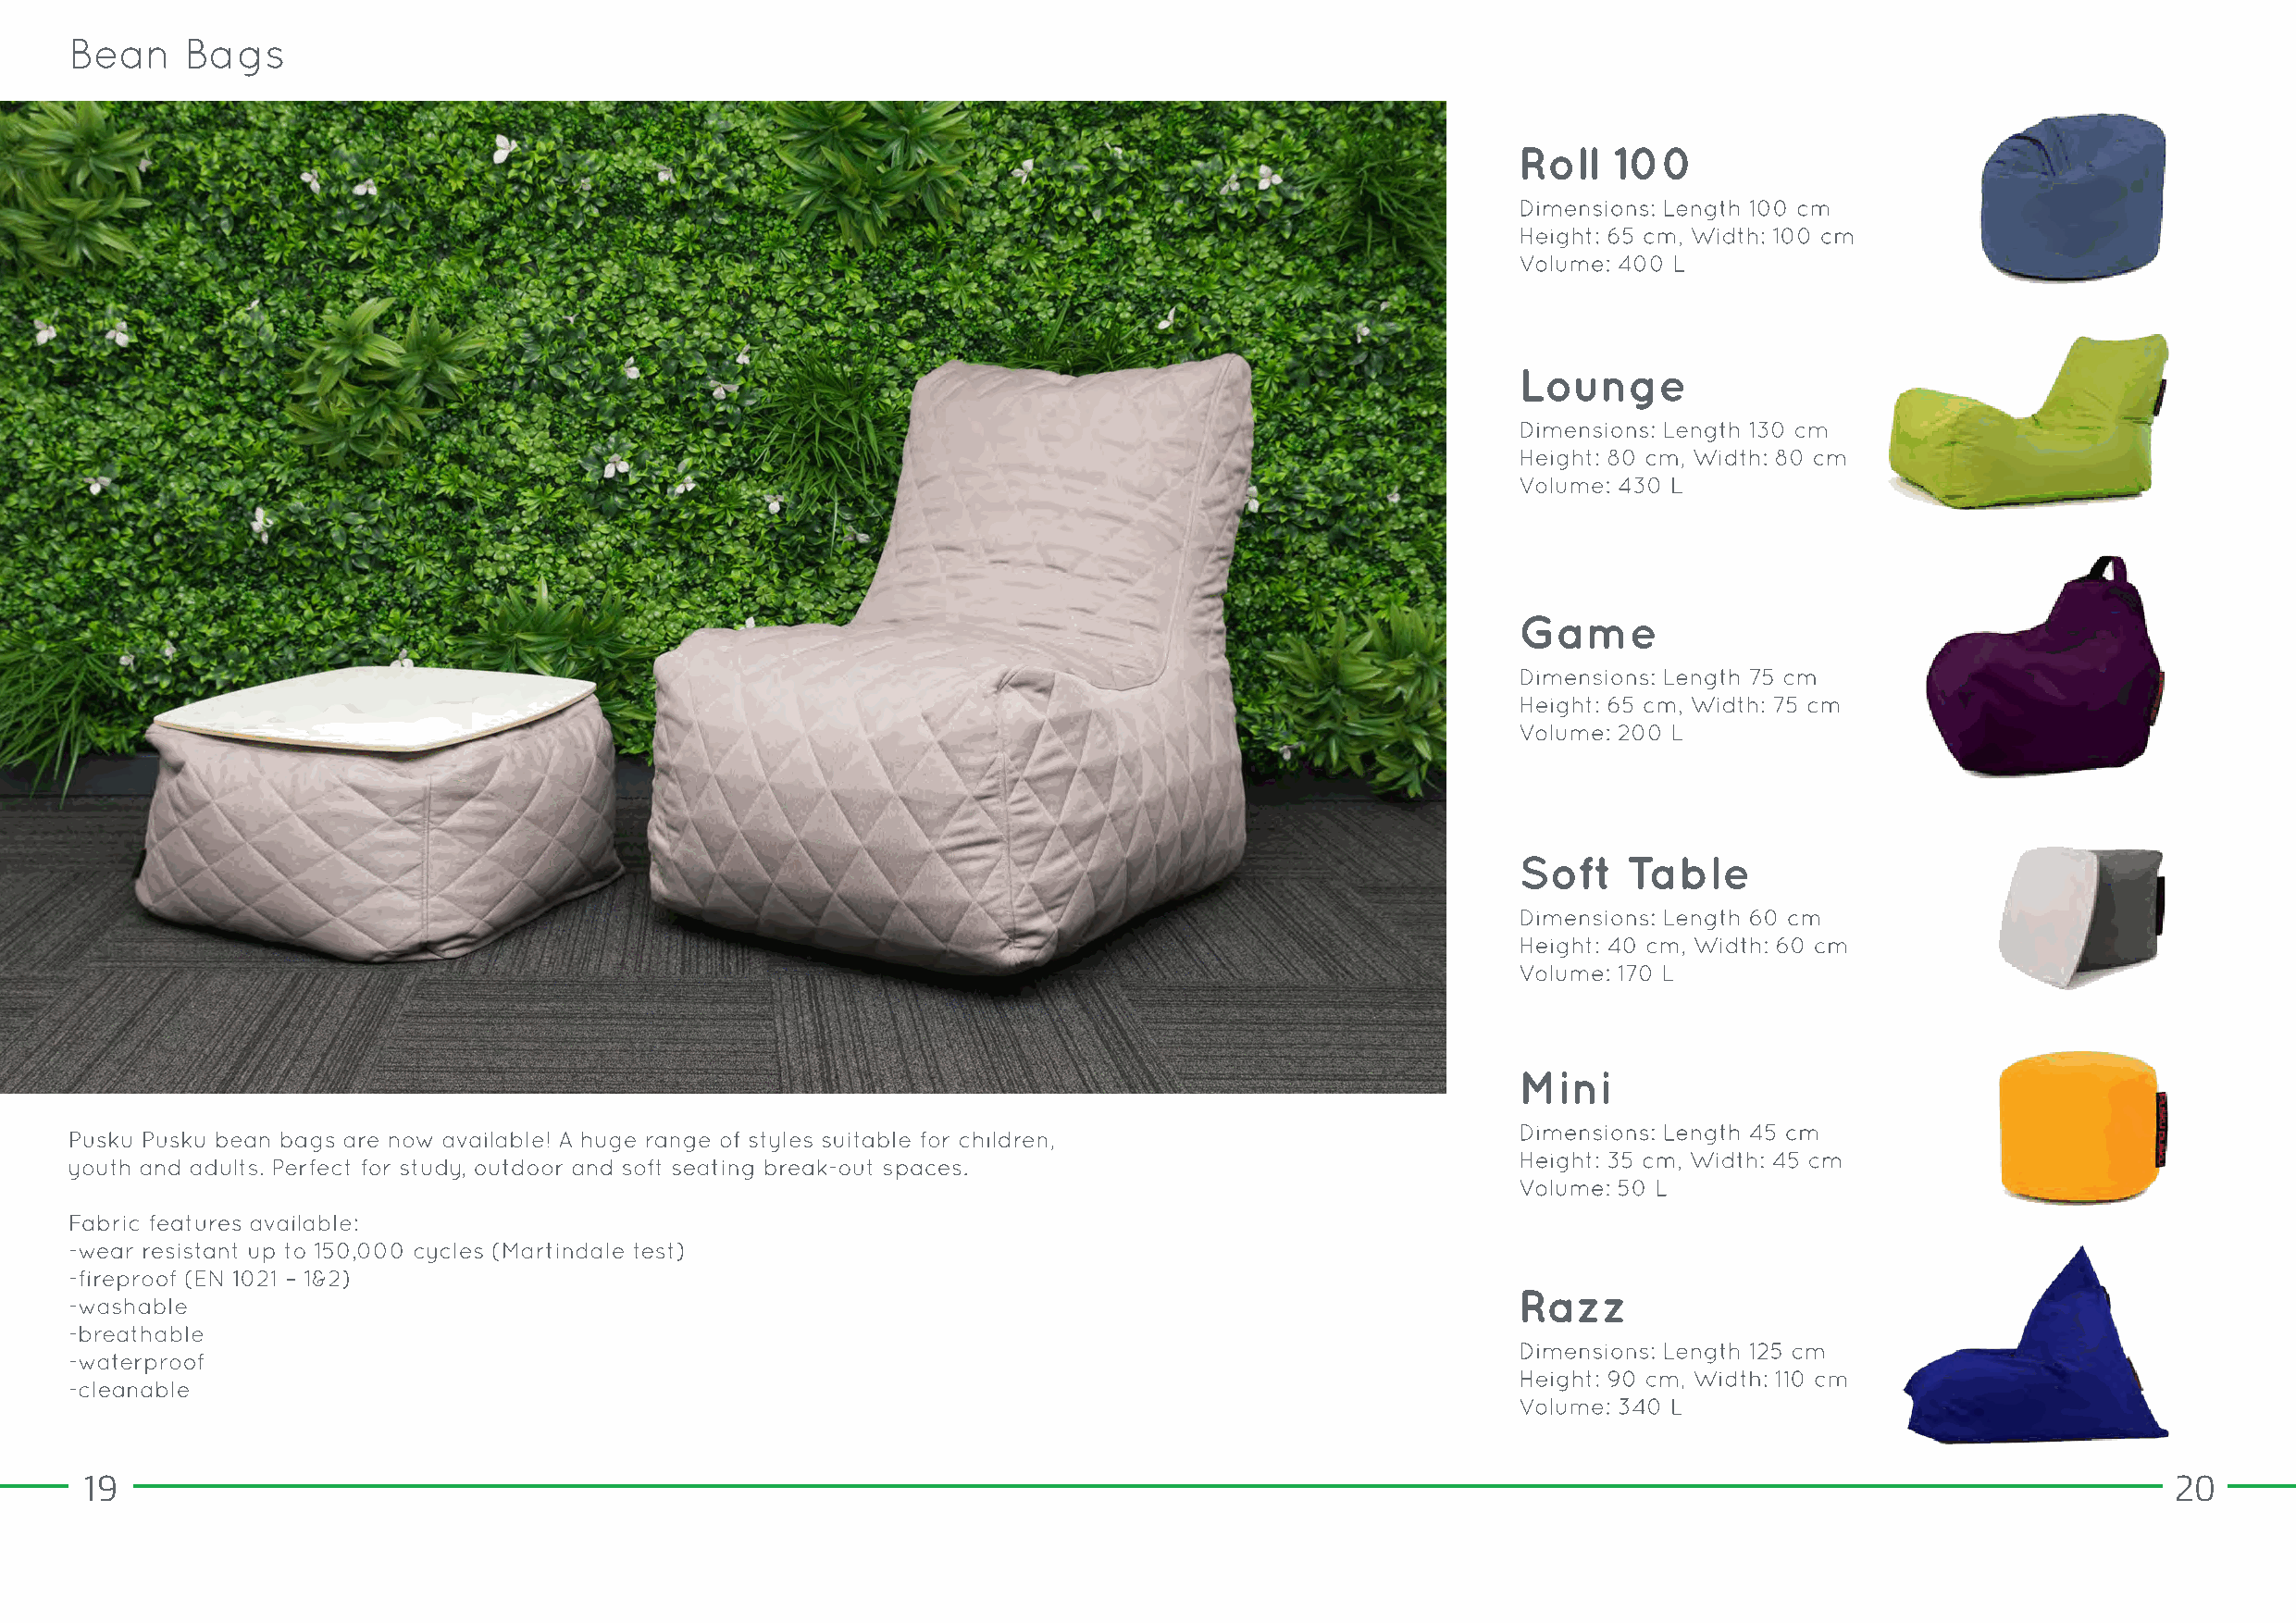
19                                                                                                                                                    20